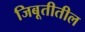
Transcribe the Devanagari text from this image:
जिबूतीतील